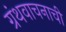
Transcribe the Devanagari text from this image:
ग्रंथवाचनाची